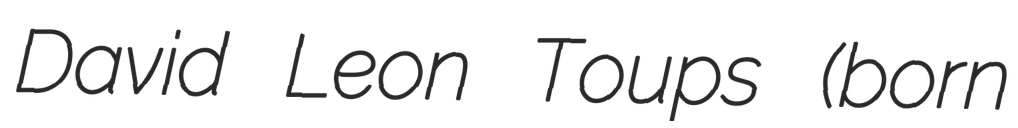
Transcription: David Leon Toups (born